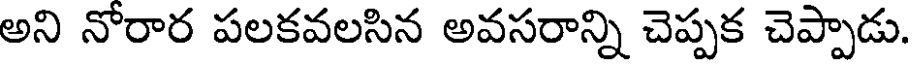
అని నోరార పలకవలసిన అవసరాన్ని చెప్పక చెప్పాడు.